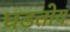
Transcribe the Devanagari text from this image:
घडतोय